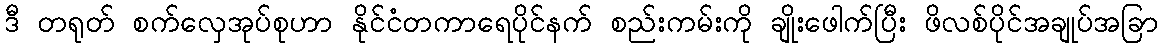
ဒီ တရုတ် စက်လှေအုပ်စုဟာ နိုင်ငံတကာရေပိုင်နက် စည်းကမ်းကို ချိုးဖေါက်ပြီး ဖိလစ်ပိုင်အချုပ်အခြာ